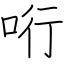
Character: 哘